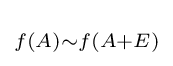
\scriptstyle f(A){\sim }f(A+E)